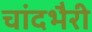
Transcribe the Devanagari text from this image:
चांदभैरी